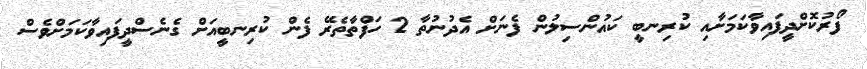
ފޯރުކޮށްދީފައިވާކަމަށާއި ކުރިނބީ ކައުންސިލުން ފެނަށް އެދުނުތާ 2 ހަފްތާތެރޭ ފެން ކުރިނބީއަށް ގެނެސްދީފައިވާކަމަށްވެސް